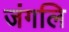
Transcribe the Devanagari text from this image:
जंगलि